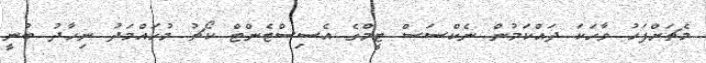
މެޗަށްފަހު ވާހަކަ ދައްކަމުން ނެކްސަސް ޓީމްގެ އެސިސްޓެންޓް ކޯޗު މުހައްމަދު ނިހާދު ބުނީ